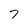
Character: 7